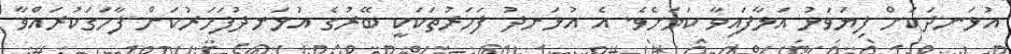
އުޅަނދަކަށް ފިޔަވަޅު އަޅާފައިވާ ކަމަށެވެ. އެ އުޅަނދު ފަހަރުތަކަކީ ބޭރުގެ އުޅަނދުފަހަރުކަން ފާހަގަކުރައްވާ